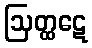
ဩတ္ထဋေ